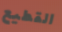
القطيع